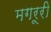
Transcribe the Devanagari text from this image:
मगरूरी